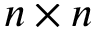
n \times n